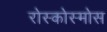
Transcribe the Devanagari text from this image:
रोस्कोस्मोस